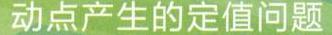
动点产生的定值问题